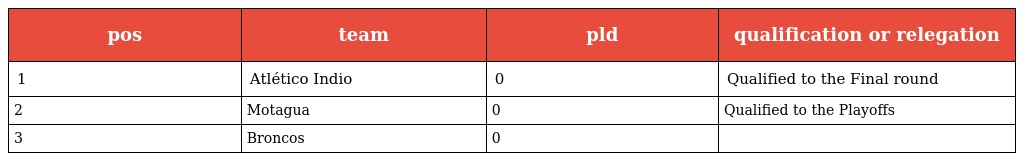
| pos | team | pld | qualification or relegation |
 | --- | --- | --- | --- |
 | 1 | Atlético Indio | 0 | Qualified to the Final round |
 | 2 | Motagua | 0 | Qualified to the Playoffs |
 | 3 | Broncos | 0 |  |